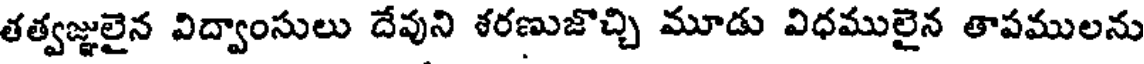
తత్వజ్ఞులైన విద్వాంసులు దేవుని శరణుజొచ్చి మూడు విధములైన తాపములను